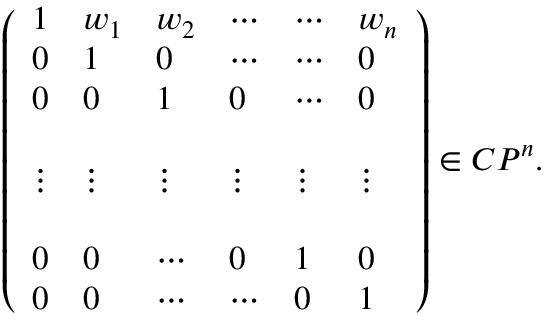
\left( \begin{array} { l l l l l l } { { 1 } } & { { w _ { 1 } } } & { { w _ { 2 } } } & { { \cdots } } & { { \cdots } } & { { w _ { n } } } \\ { { 0 } } & { { 1 } } & { { 0 } } & { { \cdots } } & { { \cdots } } & { { 0 } } \\ { { 0 } } & { { 0 } } & { { 1 } } & { { 0 } } & { { \cdots } } & { { 0 } } \\ { { } } & { { } } & { { } } & { { } } & { { } } & { { } } \\ { { \vdots } } & { { \vdots } } & { { \vdots } } & { { \vdots } } & { { \vdots } } & { { \vdots } } \\ { { } } & { { } } & { { } } & { { } } & { { } } & { { } } \\ { { 0 } } & { { 0 } } & { { \cdots } } & { { 0 } } & { { 1 } } & { { 0 } } \\ { { 0 } } & { { 0 } } & { { \cdots } } & { { \cdots } } & { { 0 } } & { { 1 } } \end{array} \right) \in C P ^ { n } .